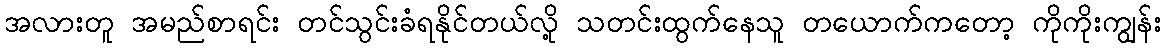
အလားတူ အမည်စာရင်း တင်သွင်းခံရနိုင်တယ်လို့ သတင်းထွက်နေသူ တယောက်ကတော့ ကိုကိုးကျွန်း